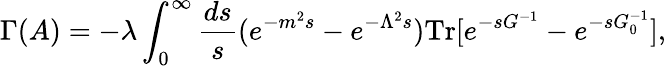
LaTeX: \Gamma(A)=-\lambda\int_{0}^{\infty}{\frac{ds}{s}}(e^{-m^{2}s}-e^{-\Lambda^{2}s})\mathrm{Tr}[e^{-sG^{-1}}-e^{-sG_{0}^{-1}}],